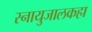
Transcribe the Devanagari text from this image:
स्नायुजालकहा